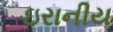
ઇરાનીય